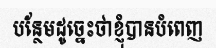
បន្ថែមដូច្នេះថាខ្ញុំបានបំពេញ